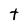
Character: t